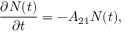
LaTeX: { \frac { \partial N ( t ) } { \partial t } } = - A _ { 2 1 } N ( t ) ,